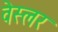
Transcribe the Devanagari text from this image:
वेस्लर